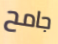
جامح